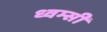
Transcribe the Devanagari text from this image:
ध्वम्सी